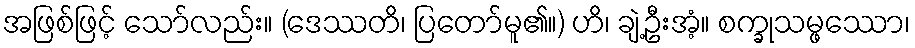
အဖြစ်ဖြင့် သော်လည်း။ (ဒေဿတိ၊ ပြတော်မူ၏။) ဟိ၊ ချဲ့ဦးအံ့။ စက္ခုသမ္ဖဿော၊